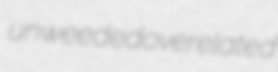
unweeded overelated